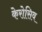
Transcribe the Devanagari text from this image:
केरोसिव